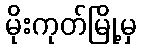
မိုးကုတ်မြို့မှ